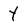
Character: 4